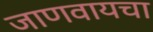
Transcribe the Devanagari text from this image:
जाणवायचा